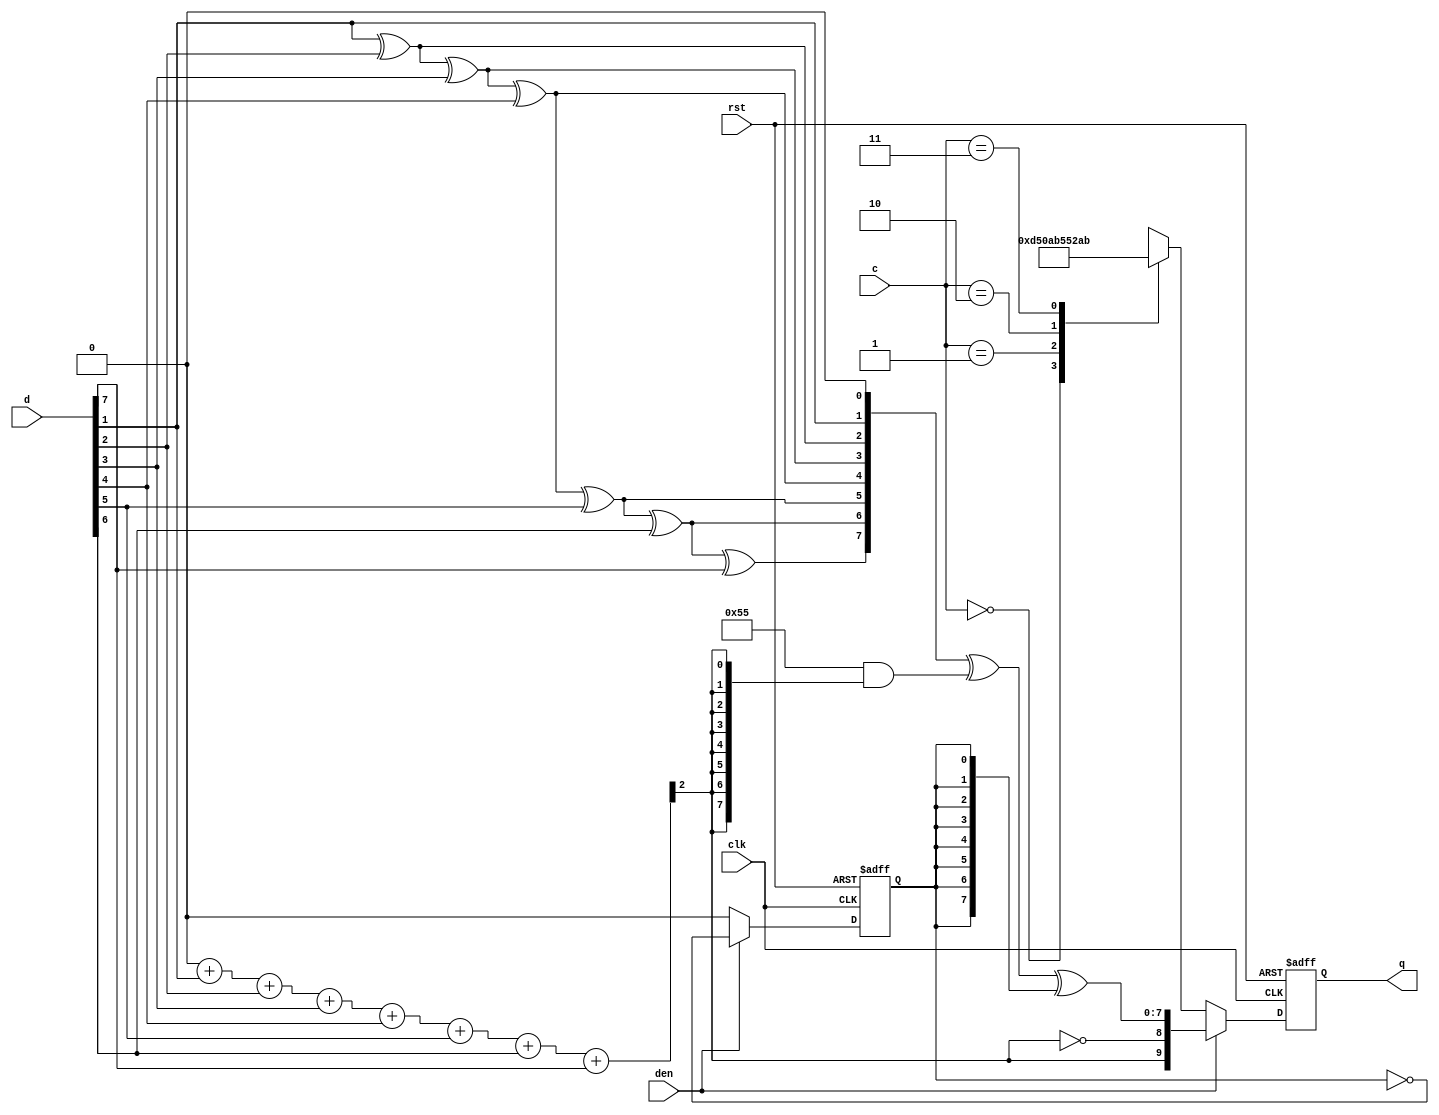
module hdmi_tmds_simple (
	/* Encoded TMDS output */
	output reg  [9:0] q,

	/* Input */
	input  wire [1:0] c,
	input  wire [7:0] d,
	input  wire       den,

	/* Clock / Reset */
	input  wire       clk,
	input  wire       rst,
);

	// Signals
	// -------

	reg [2:0] popcount;
	wire      low_balance;
	reg [7:0] d_reduced;
	reg       symbol_is_second;


	always @(*)
	begin: count_d_pop
		integer i;
		popcount = 3'd0;
		// Ignore d[0] as it's implicitly masked
		for (i = 1; i < 8; i = i + 1)
			popcount = popcount + {2'h0, d[i]};
	end

	assign low_balance = !popcount[2];

	always @ (*)
	begin: reduce_d
		integer i;
		d_reduced = 8'h0;
		for (i = 1; i < 8; i = i + 1)
			d_reduced[i] = d_reduced[i - 1] ^ d[i];
	end

	wire [9:0] pixel_q = {
		!low_balance,
		low_balance,
		d_reduced ^ (8'h55 & {8{!low_balance}}) ^ {8{symbol_is_second}}
	};

	always @ (posedge clk or posedge rst) begin
		if (rst) begin
			symbol_is_second <= 1'b0;
			q <= 10'd0;
		end else begin
			if (den) begin
				symbol_is_second <= !symbol_is_second;
				q <= pixel_q;
			end else begin
				symbol_is_second <= 1'b0;
				case (c)
					2'b00: q <= 10'b1101010100;
					2'b01: q <= 10'b0010101011;
					2'b10: q <= 10'b0101010100;
					2'b11: q <= 10'b1010101011;
				endcase
			end
		end
	end

endmodule